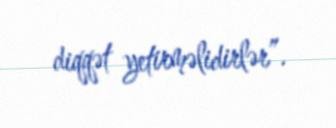
diqqət yetirməlidirlər”.